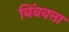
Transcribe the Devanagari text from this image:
बिंबवत्ता